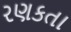
રણકતા